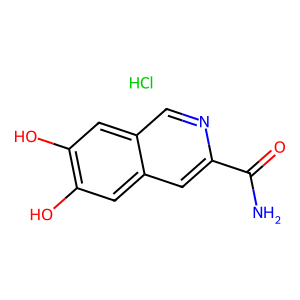
SMILES: Cl.NC(=O)c1cc2cc(O)c(O)cc2cn1
Inhibits HIV replication: No